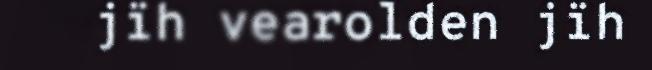
jïh vearolden jïh